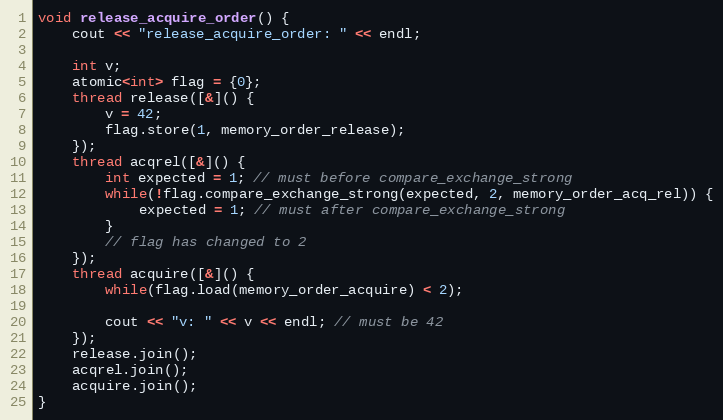
Language: C++
void release_acquire_order() {
    cout << "release_acquire_order: " << endl;

    int v;
    atomic<int> flag = {0};
    thread release([&]() {
        v = 42;
        flag.store(1, memory_order_release);
    });
    thread acqrel([&]() {
        int expected = 1; // must before compare_exchange_strong
        while(!flag.compare_exchange_strong(expected, 2, memory_order_acq_rel)) {
            expected = 1; // must after compare_exchange_strong
        }
        // flag has changed to 2
    });
    thread acquire([&]() {
        while(flag.load(memory_order_acquire) < 2);

        cout << "v: " << v << endl; // must be 42
    });
    release.join();
    acqrel.join();
    acquire.join();
}